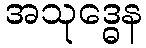
အသုဒ္ဓေန